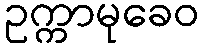
ဥက္ကာမုခေဝ